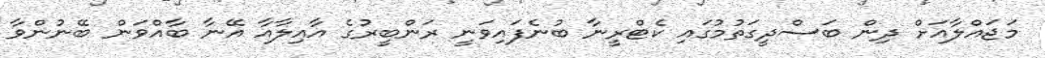
މަޖައްލާއަށް ދިން ބަސްދީގަތުމުގައި ކެޓްރީނާ ބުނެފައިވަނީ ރަންބީރުގެ އާއިލާއާ އޭނާ ބާއްވަން ބޭނުންވާ